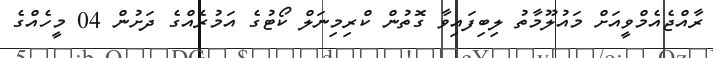
ރާއްޖެއެމްވީއަށް މައުލޫމާތު ލިބިފައިވާ ގޮތުން ކްރިމިނަލް ކޯޓުގެ އަމުރެއްގެ ދަށުން 04 މީހެއްގެ